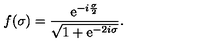
f ( \sigma ) = { \frac { \mathrm { e } ^ { - i { \frac { \sigma } { 2 } } } } { \sqrt { 1 + \mathrm { e } ^ { - 2 i \sigma } } } } .